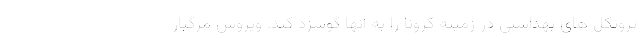
پروتکل های بهداشتی در زمینه کرونا را به آنها گوشزد کند. ویروس مرگبار